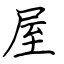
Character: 屋